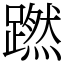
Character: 蹨